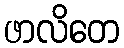
ဖာလိတေ